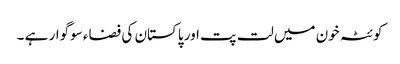
کوئٹہ خون میں لت پت اور پاکستان کی فضاء سوگوار ہے ۔